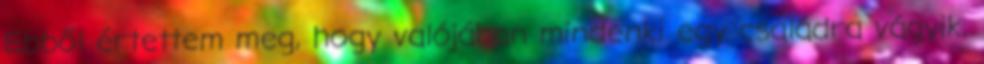
Ebből értettem meg, hogy valójában mindenki egy családra vágyik,